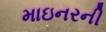
માઇનરની